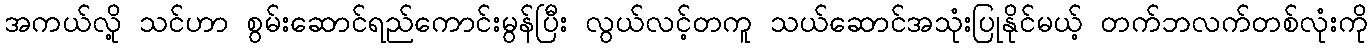
အကယ်လို့ သင်ဟာ စွမ်းဆောင်ရည်ကောင်းမွန်ပြီး လွယ်လင့်တကူ သယ်ဆောင်အသုံးပြုနိုင်မယ့် တက်ဘလက်တစ်လုံးကို